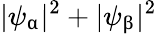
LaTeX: |\psi_{\upalpha}|^{2}+|\psi_{\upbeta}|^{2}